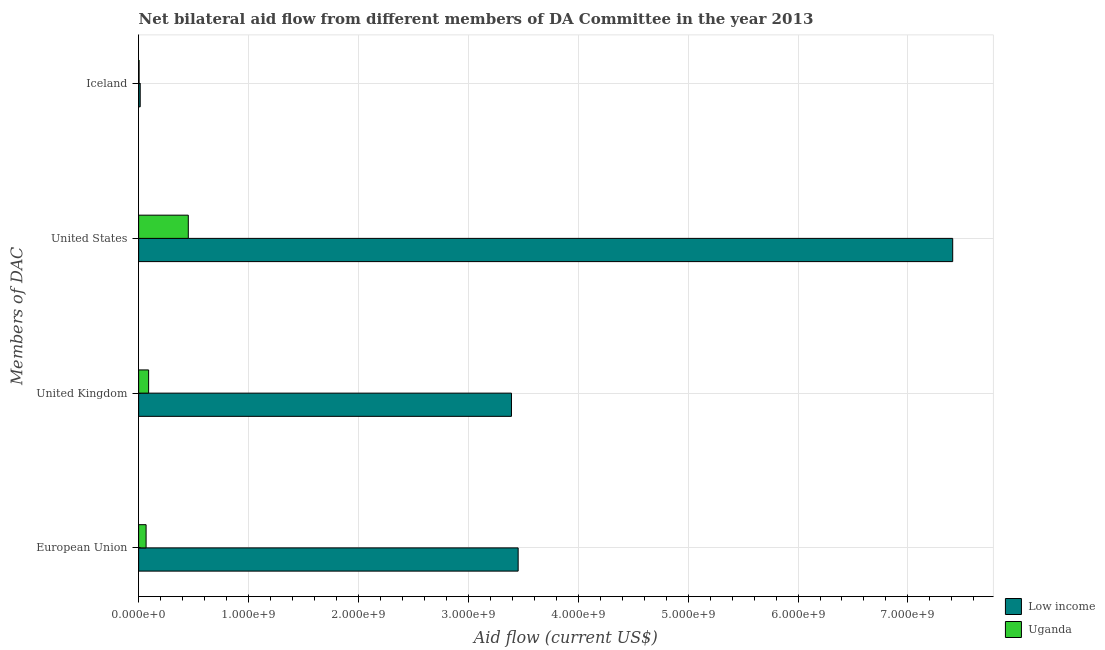
| Members of DAC | Low income | Uganda |
 | --- | --- | --- |
 | European Union | 3.45e+09 | 6.8e+07 |
 | United Kingdom | 3.39e+09 | 9.09e+07 |
 | United States | 7.41e+09 | 4.52e+08 |
 | Iceland | 1.43e+07 | 4.17e+06 |